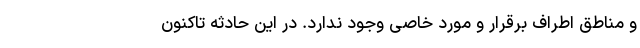
و مناطق اطراف برقرار و مورد خاصی وجود ندارد. در این حادثه تاکنون